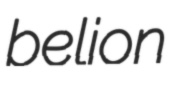
belion